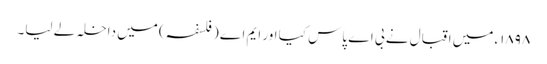
١٨٩٨ء میں اقبال نے بی اے پاس کیا اور ایم اے (فلسفہ) میں داخلہ لے لیا۔